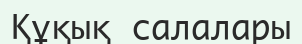
Құқық салалары